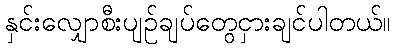
နှင်းလျှောစီးပျဉ်ချပ်တွေငှားချင်ပါတယ်။